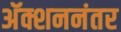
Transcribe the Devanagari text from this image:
अॅक्शननंतर